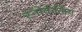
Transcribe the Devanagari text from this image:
स्‍नोर्कलिंग